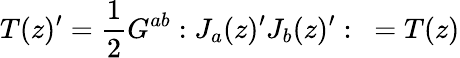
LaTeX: T(z)^{\prime}=\frac{1}{2}G^{ab}:J_{a}(z)^{\prime}J_{b}(z)^{\prime}:\ =T(z)